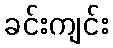
ခင်းကျင်း